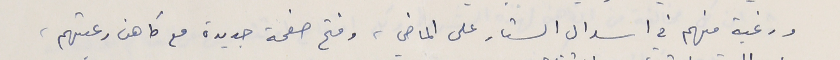
ورغبة منهم في اسدال الستار على الماضي، وفتح صفحة جديدة مع كاهن رعيتهم،